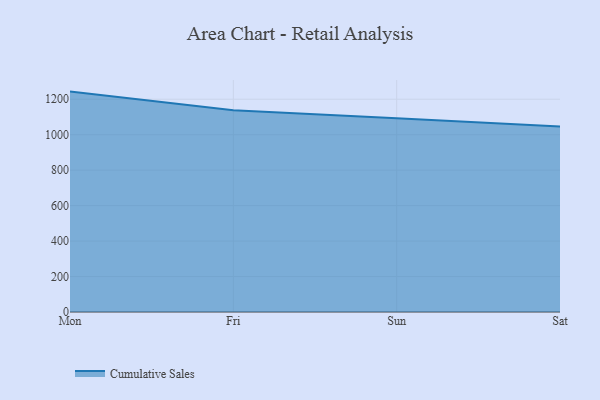
{"axis": {"x": "Day", "y": "Website Visitors"}, "legend": ["Cumulative Sales"], "data": [{"x": "Mon", "y": 1243.0, "type": "Cumulative Sales"}, {"x": "Fri", "y": 1137.3, "type": "Cumulative Sales"}, {"x": "Sun", "y": 1092.6, "type": "Cumulative Sales"}, {"x": "Sat", "y": 1046.1, "type": "Cumulative Sales"}]}